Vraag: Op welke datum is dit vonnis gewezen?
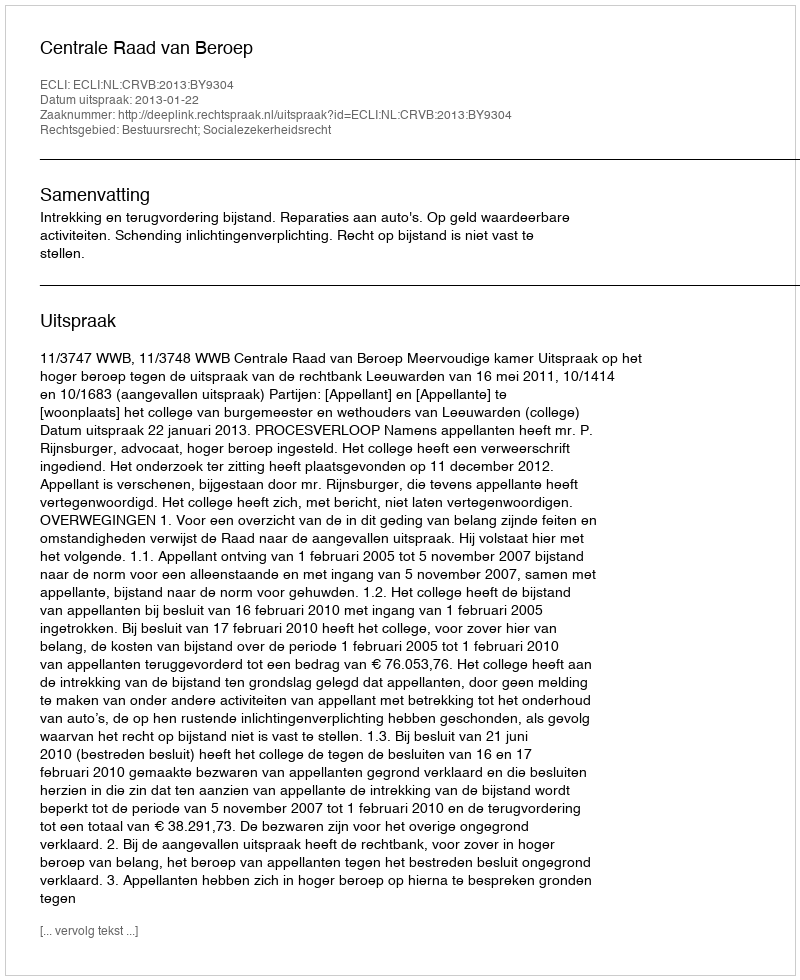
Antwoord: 2013-01-22